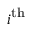
i ^ { \mathrm { t h } }